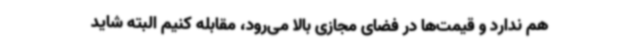
هم ندارد و قیمت‌ها در فضای مجازی بالا می‌رود، مقابله کنیم البته شاید